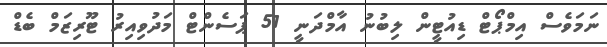
ނަމަވެސް އިމްޕޯޓް ޑިއުޓީން ލިބުނު އާމްދަނީ 51 ޕަސެންޓް މަދުވިއިރު ޓޫރިޒަމް ބެޑް